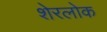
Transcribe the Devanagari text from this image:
शेरलोक